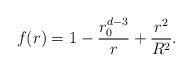
\begin{align*}f(r)=1-\frac{r_{0}^{d-3}}{r}+\frac{r^{2}}{R^{2}}.\end{align*}